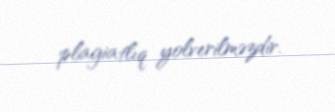
plagiatlıq yolverilməzdir.